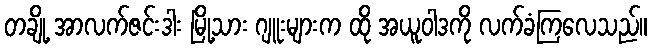
တချို့ အာလက်ဇင်းဒါး မြို့သား ဂျူးများက ထို အယူဝါဒကို လက်ခံကြလေသည်။